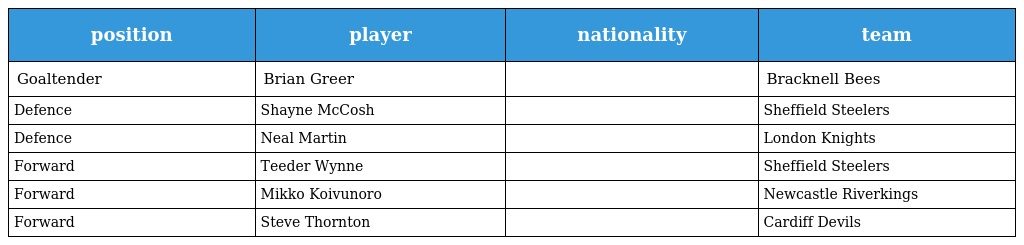
| position | player | nationality | team |
 | --- | --- | --- | --- |
 | Goaltender | Brian Greer |  | Bracknell Bees |
 | Defence | Shayne McCosh |  | Sheffield Steelers |
 | Defence | Neal Martin |  | London Knights |
 | Forward | Teeder Wynne |  | Sheffield Steelers |
 | Forward | Mikko Koivunoro |  | Newcastle Riverkings |
 | Forward | Steve Thornton |  | Cardiff Devils |